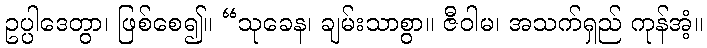
ဥပ္ပါဒေတွာ၊ ဖြစ်စေ၍။ “သုခေန၊ ချမ်းသာစွာ။ ဇီဝါမ၊ အသက်ရှည် ကုန်အံ့။